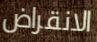
الانقراض